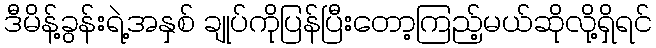
ဒီမိန့်ခွန်းရဲ့အနှစ် ချုပ်ကိုပြန်ပြီးတော့ကြည့်မယ်ဆိုလို့ရှိရင်